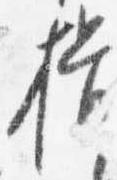
揖